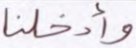
وأدخلنا